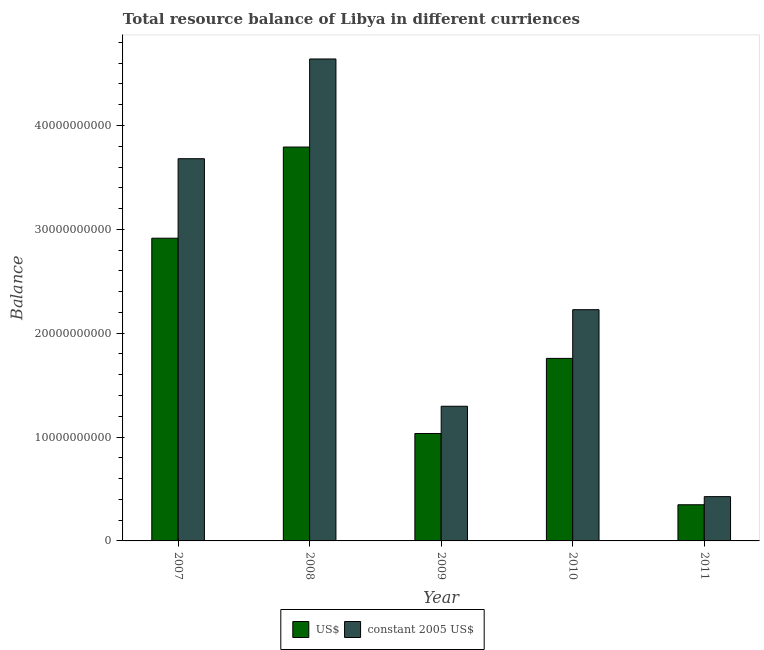
| Year | US$ | constant 2005 US$ |
 | --- | --- | --- |
 | 2007 | 2.91e+10 | 3.68e+10 |
 | 2008 | 3.79e+10 | 4.64e+10 |
 | 2009 | 1.03e+10 | 1.3e+10 |
 | 2010 | 1.76e+10 | 2.23e+10 |
 | 2011 | 3.48e+09 | 4.26e+09 |